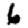
Digit: 6